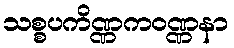
သစ္စပကိဏ္ဏကဝဏ္ဏနာ